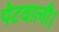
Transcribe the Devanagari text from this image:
पेटवाली।